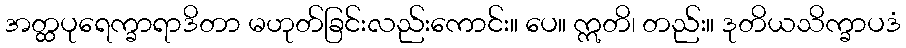
အတ္ထပုရေက္ခာရာဒိတာ မဟုတ်ခြင်းလည်းကောင်း။ ပေ။ ဣတိ၊ တည်း။ ဒုတိယသိက္ခာပဒံ